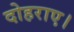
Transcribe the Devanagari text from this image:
दोहराए।